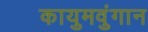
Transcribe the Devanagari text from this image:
कायुमवुंगान